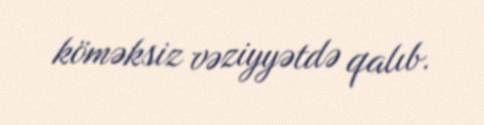
köməksiz vəziyyətdə qalıb.